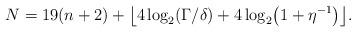
LaTeX: \begin{align*} N = 19(n+2) + \bigl\lfloor 4\log_2(\Gamma/\delta) + 4\log_2\bigl(1+\eta^{-1}\bigr) \bigr\rfloor . \end{align*}